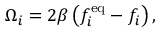
\Omega _ { i } = 2 \beta \left( f _ { i } ^ { \mathrm { e q } } - f _ { i } \right) ,